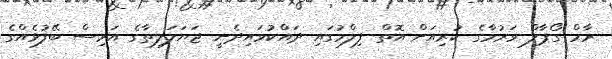
ރާމް ގޯޕާލް ވަރުމާގެ ކުރިއަށް އޮތް ފިލްމުގައި ދައްކުވައިދެނީ ޖަޔަލަލިތާގެ އަރިސް ބޭފުޅެއްގެ